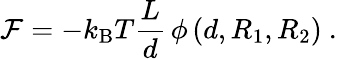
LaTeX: {\mathcal{F}}=-k_{\mathrm{B}}T\frac{L}{d}\, \phi\left(d,R_{1},R_{2}\right)~.